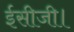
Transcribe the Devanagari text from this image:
ईसीजी।